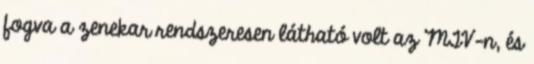
fogva a zenekar rendszeresen látható volt az MTV-n, és